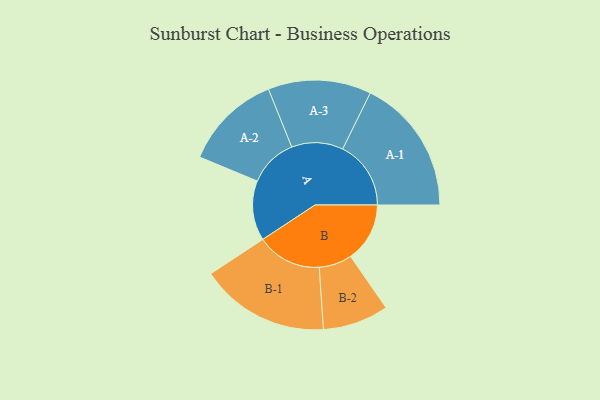
{"axis": {"x": "Segment", "y": "Value"}, "legend": ["", "A", "B"], "data": [{"x": "A", "y": 258, "type": ""}, {"x": "B", "y": 255, "type": ""}, {"x": "A-1", "y": 294, "type": "A"}, {"x": "A-2", "y": 210, "type": "A"}, {"x": "A-3", "y": 222, "type": "A"}, {"x": "B-1", "y": 279, "type": "B"}, {"x": "B-2", "y": 142, "type": "B"}]}